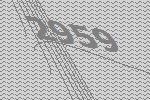
2959